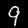
Label: 9